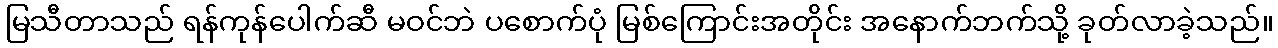
မြသီတာသည် ရန်ကုန်ပေါက်ဆီ မဝင်ဘဲ ပစောက်ပုံ မြစ်ကြောင်းအတိုင်း အနောက်ဘက်သို့ ခုတ်လာခဲ့သည်။